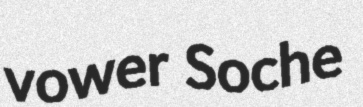
vower Soche